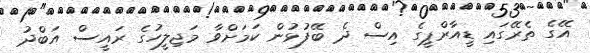
އޭގެ ތެރޭގައި ޑީއާރްޕީގެ އިސް ދެ ބޭފުޅުން ކަމަށްވާ މަޖިލީހުގެ ރައީސް އަބްދު